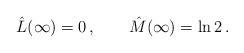
LaTeX: \begin{align*}\hat L(\infty) =0\,,\quad\quad\hat M(\infty) = \ln 2\,.\end{align*}